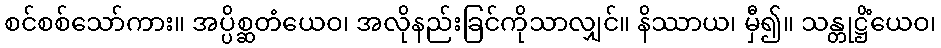
စင်စစ်သော်ကား။ အပ္ပိစ္ဆတံယေဝ၊ အလိုနည်းခြင်ကိုသာလျှင်။ နိဿာယ၊ မှီ၍။ သန္တုဋ္ဌိံယေဝ၊